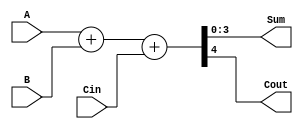


module A_74HC283(
	  input [3:0] A, B,
	  input Cin,
	  output [3:0] Sum,
	  output Cout
	  );
	wire [4:0] sum = A + B + Cin;
	assign Sum = sum[3:0];
	assign Cout = sum[4];
//	  always@(A,B,Cin)
//		    begin:adder
//			      integer i;
//			      q[0]=Cin;
//			      for(i=0;i<=4;i=i+1)
//				        begin
//					          q[i+1]=(A[i]& B[i])|(A[i]&q[i])|( B[i]&q[i]);
//					          Sum[i]=A[i]^ B[i]^q[i];
//				        end
//			      Cout=q[4];
//		    end
endmodule